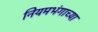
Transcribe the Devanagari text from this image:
नियमभंगाच्या